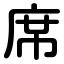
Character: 席